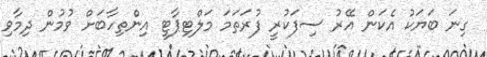
ގިނަ ބަޔަކު އެކަން އޭރު ސިފަކުރީ ފުރަތަމަ މަލްޓިޕާޓީ އިންތިހާބަށް ވުމުން ދިމާވި